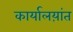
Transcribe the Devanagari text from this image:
कार्यालय़ांत